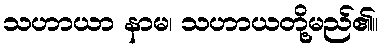
သဟာယာ နာမ၊ သဟာယတို့မည်၏။